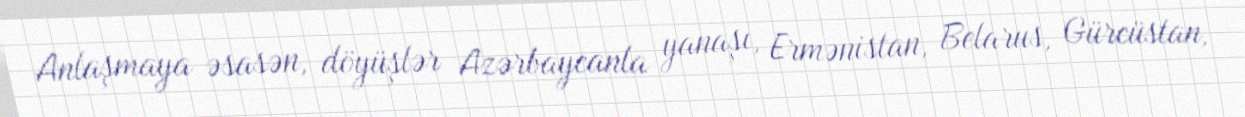
Anlaşmaya əsasən, döyüşlər Azərbaycanla yanaşı, Ermənistan, Belarus, Gürcüstan,